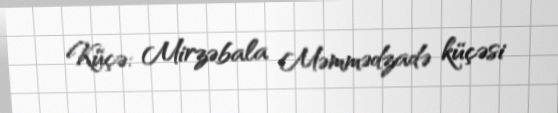
Küçə: Mirzəbala Məmmədzadə küçəsi